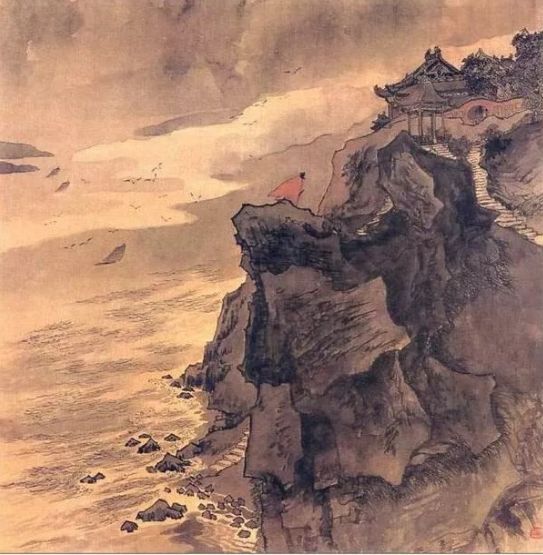
灞涘望长安，河阳视京县。